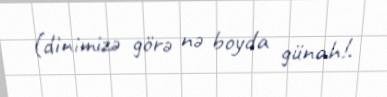
(dinimizə görə nə boyda günah!.